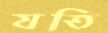
যতি